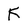
Character: K